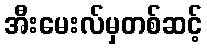
အီးမေးလ်မှတစ်ဆင့်